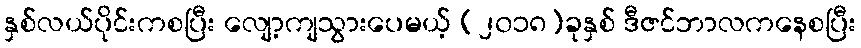
နှစ်လယ်ပိုင်းကစပြီး လျော့ကျသွားပေမယ့် (၂၀၁၈)ခုနှစ် ဒီဇင်ဘာလကနေစပြီး